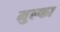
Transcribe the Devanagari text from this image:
मुल्फा